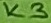
Text: K3